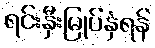
ရင်းနှီးမြုပ်နှံရန်